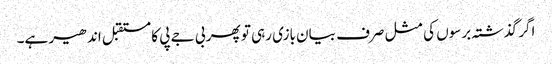
اگر گذشتہ برسوں کی مثل صرف بیان بازی رہی تو پھر بی جے پی کا مستقبل اندھیر ہے۔